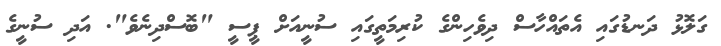
ގަލޮޅު ދަނޑުގައި އެތައްހާސް ދިވެހިންގެ ކުރިމަތީގައި ސުނީއަށް ޕީސީ "ބޮސްދިނެވެ". އަދި ސުނީގެ